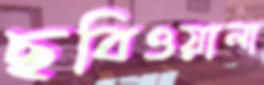
ছবিওয়ালা